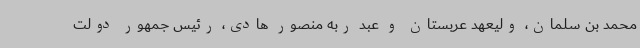
محمد بن سلمان، ولیعهد عربستان و عبد ربه منصور هادی، رئیس جمهور دولت